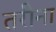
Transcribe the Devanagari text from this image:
तरीना